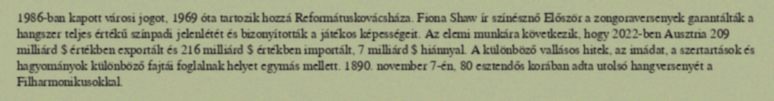
1986-ban kapott városi jogot, 1969 óta tartozik hozzá Reformátuskovácsháza. Fiona Shaw ír színésznő Először a zongoraversenyek garantálták a hangszer teljes értékű színpadi jelenlétét és bizonyították a játékos képességeit. Az elemi munkára következik, hogy 2022-ben Ausztria 209 milliárd $ értékben exportált és 216 milliárd $ értékben importált, 7 milliárd $ hiánnyal. A különböző vallásos hitek, az imádat, a szertartások és hagyományok különböző fajtái foglalnak helyet egymás mellett. 1890. november 7-én, 80 esztendős korában adta utolsó hangversenyét a Filharmonikusokkal.